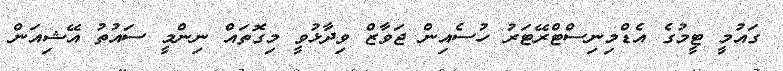
ގައުމީ ޓީމުގެ އެޑްމިނިސްޓްރޭޓަރު ހުސެއިން ޖަވާޒް ވިދާޅުވީ މިގޮތައް ނިންމީ ސައުތު އޭޝިއަން